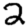
Digit: 2